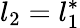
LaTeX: l_{2}=l_{1}^{\ast}